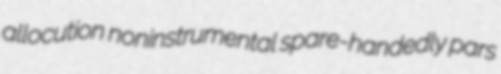
allocution noninstrumental spare-handedly pars